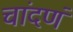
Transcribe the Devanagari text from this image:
चांदणं